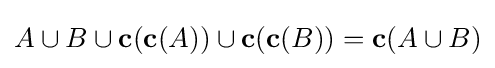
{\textstyle A\cup B\cup \mathbf {c} (\mathbf {c} (A))\cup \mathbf {c} (\mathbf {c} (B))=\mathbf {c} (A\cup B)}